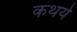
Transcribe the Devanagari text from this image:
कथये